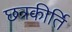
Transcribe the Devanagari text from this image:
छत्रकीर्ति